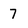
Character: 7